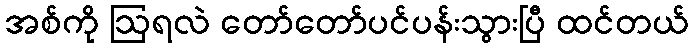
အစ်ကို ဩရလဲ တော်တော်ပင်ပန်းသွားပြီ ထင်တယ်